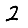
Digit: 2